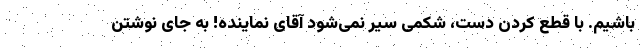
باشیم. با قطع کردن دست، شکمی سیر نمی‌شود آقای نماینده! به جای نوشتن